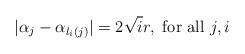
LaTeX: \begin{align*}| \alpha_{j} - \alpha_{l_i(j)}|=2 \sqrt{i}r, \mbox{ for all } j, i\end{align*}